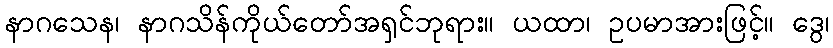
နာဂသေန၊ နာဂသိန်ကိုယ်တော်အရှင်ဘုရား။ ယထာ၊ ဥပမာအားဖြင့်။ ဒွေ၊